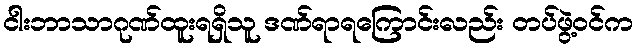
ငါးဘာသာဂုဏ်ထူးရရှိသူ ဒဏ်ရာရကြောင်းလည်း တပ်ဖွဲ့ဝင်က